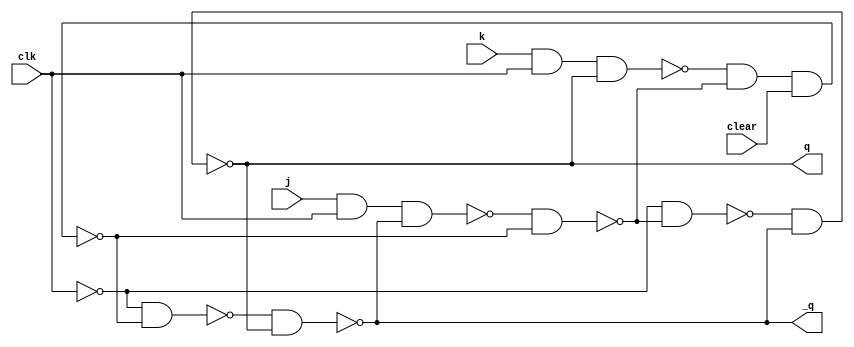
module jkflipflop(input j,input k,input clk,input clear,output q,output _q);

 wire s,t,u,v,w,x;
 
 assign s = ~(j & clk & _q);
 assign t = ~(k & clk & q);
 
 assign w = ~(~clk & u);
 assign x = ~(~clk & v);
 assign q = ~(w & _q);
 assign _q = ~(x & q);
 
 assign u = ~(s & v);
 assign v = ~(t & u & clear);
 
endmodule

module stimulus;

 reg j;
 reg k;
 reg clk;
 reg clear;
 wire q;
 wire _q;
 
 jkflipflop uut(j,k,clk,clear,q,_q);
 
 initial begin
 
 $display("J  K  clk q  ~q\n");
 
 #0 j = 0;k = 0;clk = 0;clear = 0;
 #10 j = 1;clk = 1;clear = 1;
 #10 clk = 0;
 #10 k = 1;j = 0;clk = 1;
 #10 j = 0;k = 0;clk = 0;
 #10 j = 1;clk = 1;
 #10 clk = 0;
 #10 k = 1;j = 0;clk = 1;
 #10;
 
 end
 
  always @(negedge clk)
   begin
    $display("%d  %d  %d  %d  %d",j,k,clk,q,_q);
   end
   
endmodule